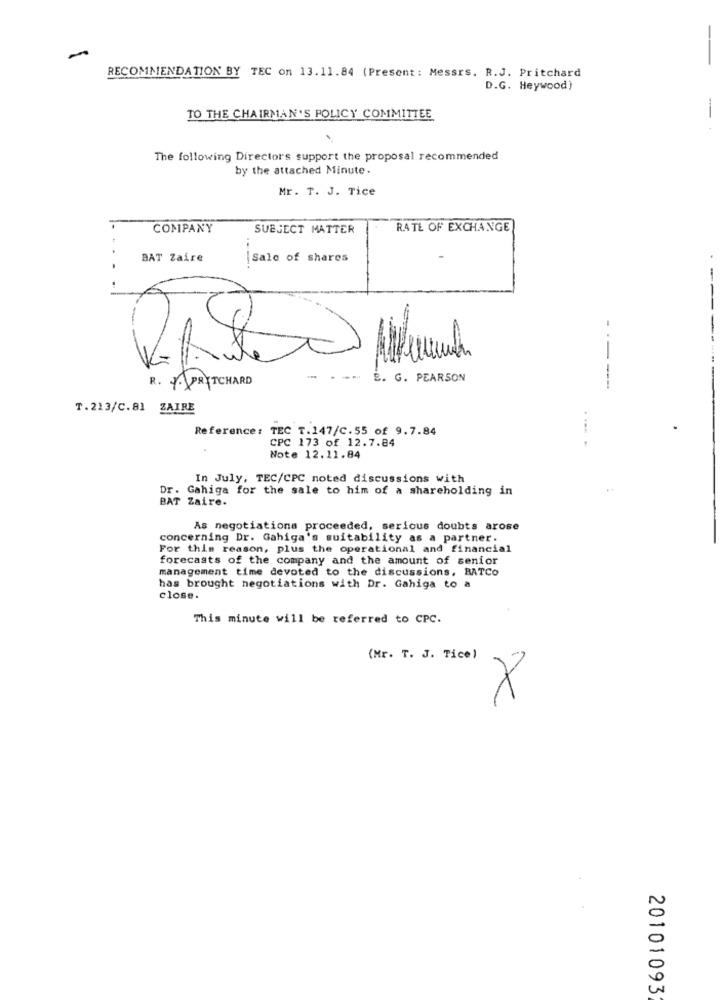
-
RECOMMENDATION BY TEC on 13.11.84 (Present: Messrs. R.J. Pritchard
D.G. Heywood)
-
TO THE CHAIRMAN'S POLICY COMMITTEE
The following Directors support the proposal recommended
by the attached Minute.
Mr. T. J. Tice
COMPANY
SUBJECT MATTER
RATE OF EXCHANGE
BAT Zaire
Sale of shares
---
R. A PRITCHARD
--
E. G. PEARSON
T.213/C.81 ZAIRE
Reference: TEC T.147/C.55 of 9.7.84
CPC 173 of 12.7.84
Note 12.11.84
In July, TEC/CPC noted discussions with
. Gahiga for the sale to him of a shareholding in
BAT Zaire.
As negotiations proceeded, serious doubts arose
concerning Dr. Gahiga's suitability as a partner.
For this reason, plus the operational and financial
forecasts of the company and the amount of senior
management time devoted to the discussions, BATCO
has brought negotiations with Dr. Gahiga to a
close.
This minute will be referred to CPC.
(Mr. T. J. Tice)
X
20101093